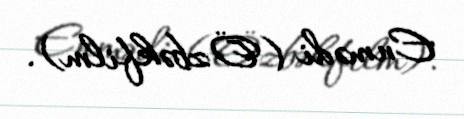
Enmədi (Özbəkfilm).